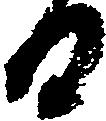
日